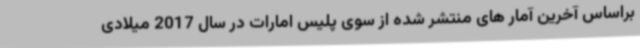
براساس آخرین آمار های منتشر شده از سوی پلیس امارات در سال 2017 میلادی